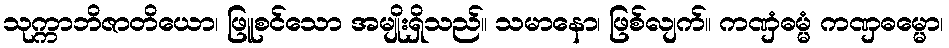
သုက္ကာဘိဇာတိယော၊ ဖြူစင်သော အမျိုးရှိသည်။ သမာနော၊ ဖြစ်လျက်။ ကဏှံဓမ္မံ ကဏှဓမ္မော၊